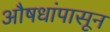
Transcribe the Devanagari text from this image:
औषधांपासून